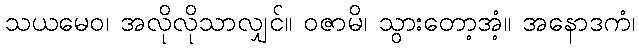
သယမေဝ၊ အလိုလိုသာလျှင်။ ဝဇာမိ၊ သွားတော့အံ့။ အနောဒကံ၊